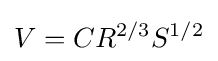
V=CR^{2/3}S^{1/2}